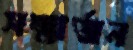
সম্মার্জন